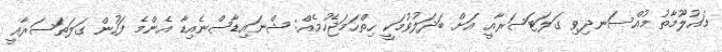
މައުލޫމާތު މުއްސަނދިވި ގަލަޓަސަރާއީ އަށް ބަދަލުވުމަކީ ހިތްހަމަޖެހުމެއް: ޝްނައިޑާސްނެއިޑާ އެންމެ ފަހުން ގަލަތަސަރާއީ